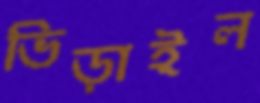
ভিড়াইল